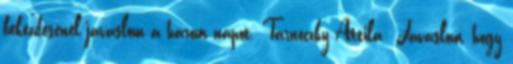
bekezdésénél javaslom a három napot. Tarnóczky Attila: Javaslom, hogy